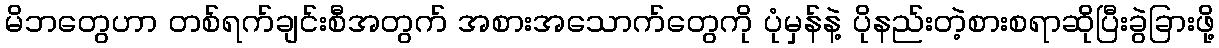
မိဘတွေဟာ တစ်ရက်ချင်းစီအတွက် အစားအသောက်တွေကို ပုံမှန်နဲ့ ပိုနည်းတဲ့စားစရာဆိုပြီးခွဲခြားဖို့